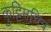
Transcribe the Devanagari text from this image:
कुट्टिमचित्र